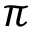
\pi